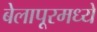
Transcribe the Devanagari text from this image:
बेलापूरमध्ये